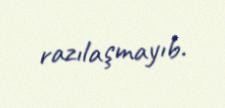
razılaşmayıb.